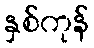
နှစ်ကုန်